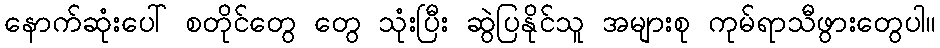
နောက်ဆုံးပေါ် စတိုင်တွေ တွေ သုံးပြီး ဆွဲပြနိုင်သူ အများစု ကုမ်ရာသီဖွားတွေပါ။